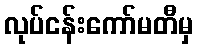
လုပ်ငန်းကော်မတီမှ